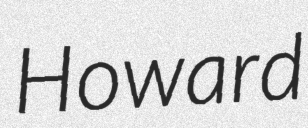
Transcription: Howard